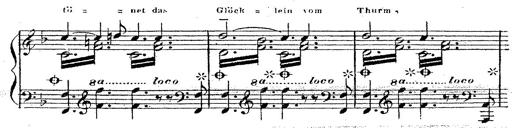
Title: 12 Lieder von Franz Schubert
Composer: Franz Liszt